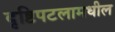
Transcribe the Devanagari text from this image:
दृष्टिपटलामधील